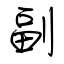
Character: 副